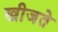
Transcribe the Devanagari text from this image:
खीजते